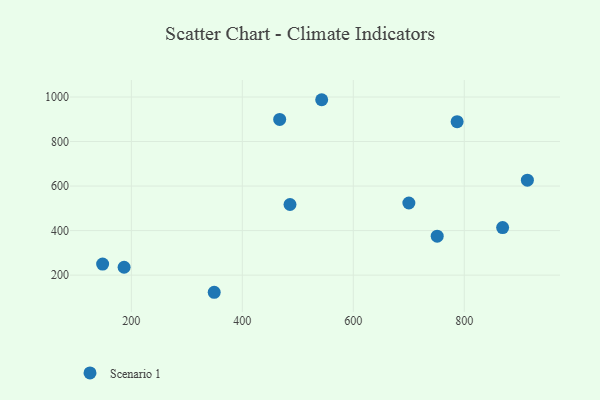
{"axis": {"x": "Investment", "y": "Fuel Efficiency"}, "legend": ["Scenario 1"], "data": [{"x": "148.2", "y": 249.7, "type": "Scenario 1"}, {"x": "349.3", "y": 122.9, "type": "Scenario 1"}, {"x": "485.9", "y": 517.1, "type": "Scenario 1"}, {"x": "751.2", "y": 374.7, "type": "Scenario 1"}, {"x": "913.7", "y": 626.4, "type": "Scenario 1"}, {"x": "467.3", "y": 899.5, "type": "Scenario 1"}, {"x": "186.9", "y": 235.4, "type": "Scenario 1"}, {"x": "787.1", "y": 889.3, "type": "Scenario 1"}, {"x": "869.1", "y": 413.4, "type": "Scenario 1"}, {"x": "700.1", "y": 523.8, "type": "Scenario 1"}, {"x": "543.0", "y": 987.8, "type": "Scenario 1"}]}